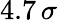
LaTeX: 4.7\, \sigma